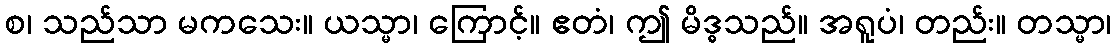
စ၊ သည်သာ မကသေး။ ယသ္မာ၊ ကြောင့်။ ဧတံ၊ ဤ မိဒ္ဓသည်။ အရူပံ၊ တည်း။ တသ္မာ၊